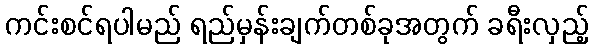
ကင်းစင်ရပါမည် ရည်မှန်းချက်တစ်ခုအတွက် ခရီးလှည့်